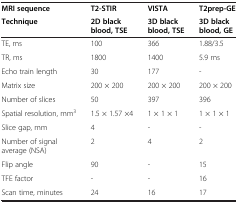
| MRI sequence | T2-STIR | VISTA | T2prep-GE |
 | Technique | 2D black blood, TSE | 3D black blood, TSE | 3D black blood, GE |
 | --- | --- | --- | --- |
 | TE, ms | 100 | 366 | 1.88/3.5 |
 | TR, ms | 1800 | 1400 | 5.9 ms |
 | Echo train length | 30 | 177 | - |
 | Matrix size | 200 × 200 | 200 × 200 | 200 × 200 |
 | Number of slices | 50 | 397 | 396 |
 | Spatial resolution, mm3 | 1.5 × 1.57 ×4 | 1 × 1 × 1 | 1 × 1 × 1 |
 | Slice gap, mm | 4 | - | - |
 | Number of signal average (NSA) | 2 | 4 | 2 |
 | Flip angle | 90 | - | 15 |
 | TFE factor | - | - | 16 |
 | Scan time, minutes | 24 | 16 | 17 |